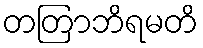
တတြာဘိရမတိ